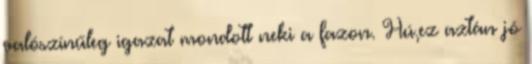
valószínűleg igazat mondott neki a fazon. Hú,ez aztán jó